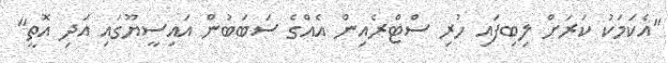
"އެކަމަކު ކަރަށް ލިބިފައި ހުރި ސްޓްރެއިން އެއްގެ ސަބަބުން އައިސީޔޫގައި އަދި އޮތީ"